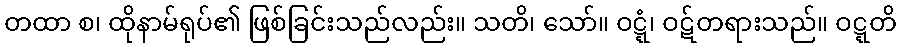
တထာ စ၊ ထိုနာမ်ရုပ်၏ ဖြစ်ခြင်းသည်လည်း။ သတိ၊ သော်။ ဝဋ္ဋံ၊ ဝဋ်တရားသည်။ ဝဋ္ဋတိ